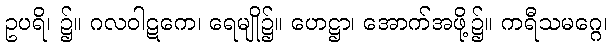
ဥပရိ၊ ၌။ ဂလဝါဋကေ၊ ရေမျို၌။ ဟေဋ္ဌာ၊ အောက်အဖို့၌။ ကရီသမဂ္ဂေ၊